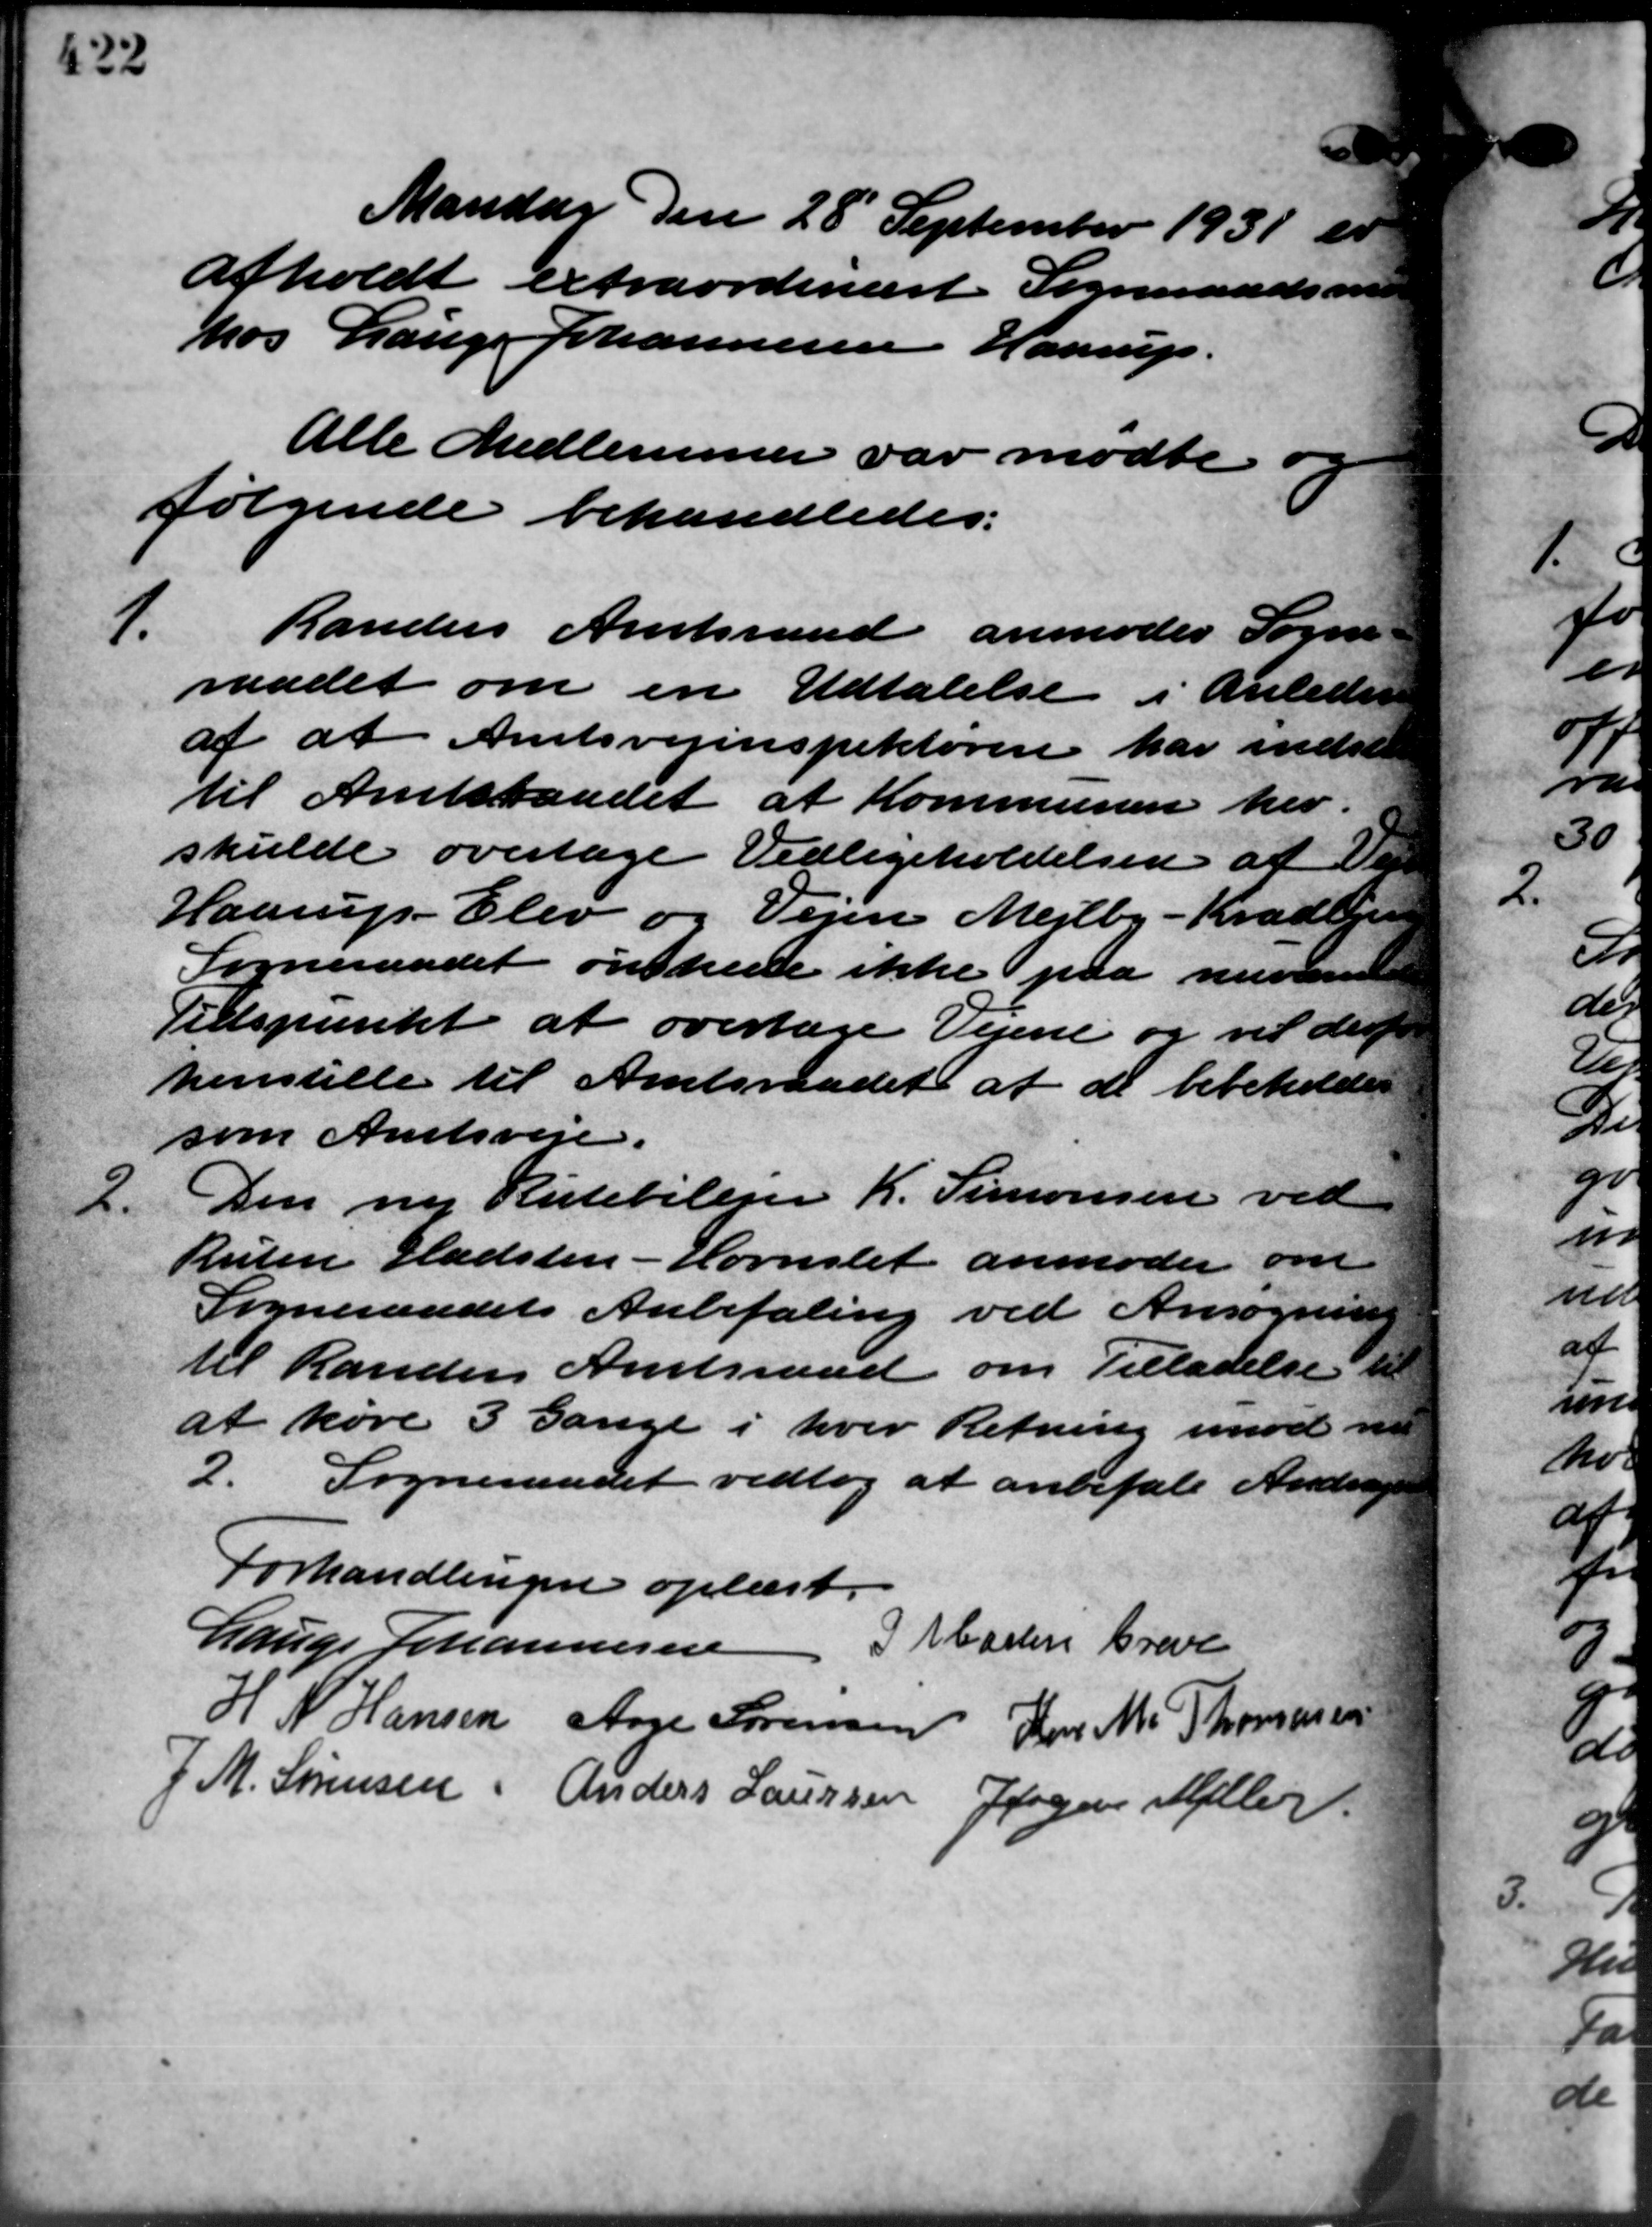
Transskription:
Mandag den 28 September 1931 er
afholdt extraordinært Sogneraadsmed
hos Lauge Johannesen Haarup.
Alle Medlemmer var mødte.
følgende behandledes:
1.
Randers Amtsraad anmoder Sogne
raadet om en Udtalelse i Anlednin
af at Amtsvejinspektøren har inden
til Amtsraadet at Kommunen her.
skulde overtage Vedligeholdelsen af De
Haarup - Elev og Vejen Mejlby - Kradbjerg
Sogneraadet ønskede ikke paa nuvære
Tidspunkt at overtage Vejene og vil derf
henstille til Amtsraadet at de bebeholdes
som Amtsveje.
2.
Den ny Rutebilejer K. Simonsen ved
Ruten Hadsten - Hornslet anmoder om
Sogneraadets Anbefaling ved Ansøgning
til Randers Amtsraad om Tilladelse til
at køre 3 Gange i hver Retning imod n
2.
Sogneraadet vedtog at anbefale Ander-
Forhandlingen oplæst.
Lauge Johannesen J Masten Greve
H N Hansen Aage Sørensen Her M. Thomasen
J. M. Sørensen, Anders Laursen Jørgen Møller